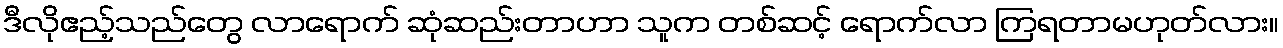
ဒီလိုဧည့်သည်တွေ လာရောက် ဆုံဆည်းတာဟာ သူက တစ်ဆင့် ရောက်လာ ကြရတာမဟုတ်လား။